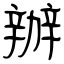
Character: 辦